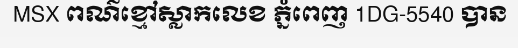
MSX ពណ៌ខ្មៅស្លាកលេខ ភ្នំពេញ 1DG-5540 បាន